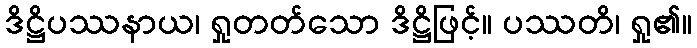
ဒိဋ္ဌိပဿနာယ၊ ရှုတတ်သော ဒိဋ္ဌိဖြင့်။ ပဿတိ၊ ရှု၏။